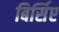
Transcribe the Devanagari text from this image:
बिर्सिए